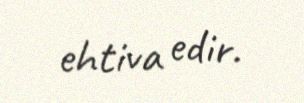
ehtiva edir.